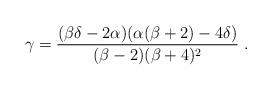
LaTeX: \begin{align*}\gamma = \frac{(\beta \delta - 2 \alpha) (\alpha (\beta + 2) - 4 \delta)} {(\beta - 2) (\beta + 4)^2} \ .\end{align*}